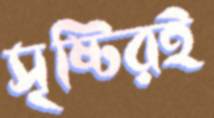
সৃষ্টিরই